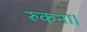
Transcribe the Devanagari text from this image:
रुकना।